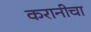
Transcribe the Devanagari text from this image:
करानीचा